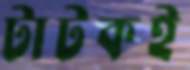
টাটকই